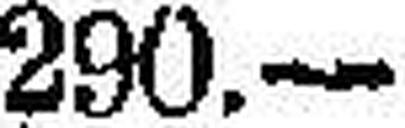
290.—